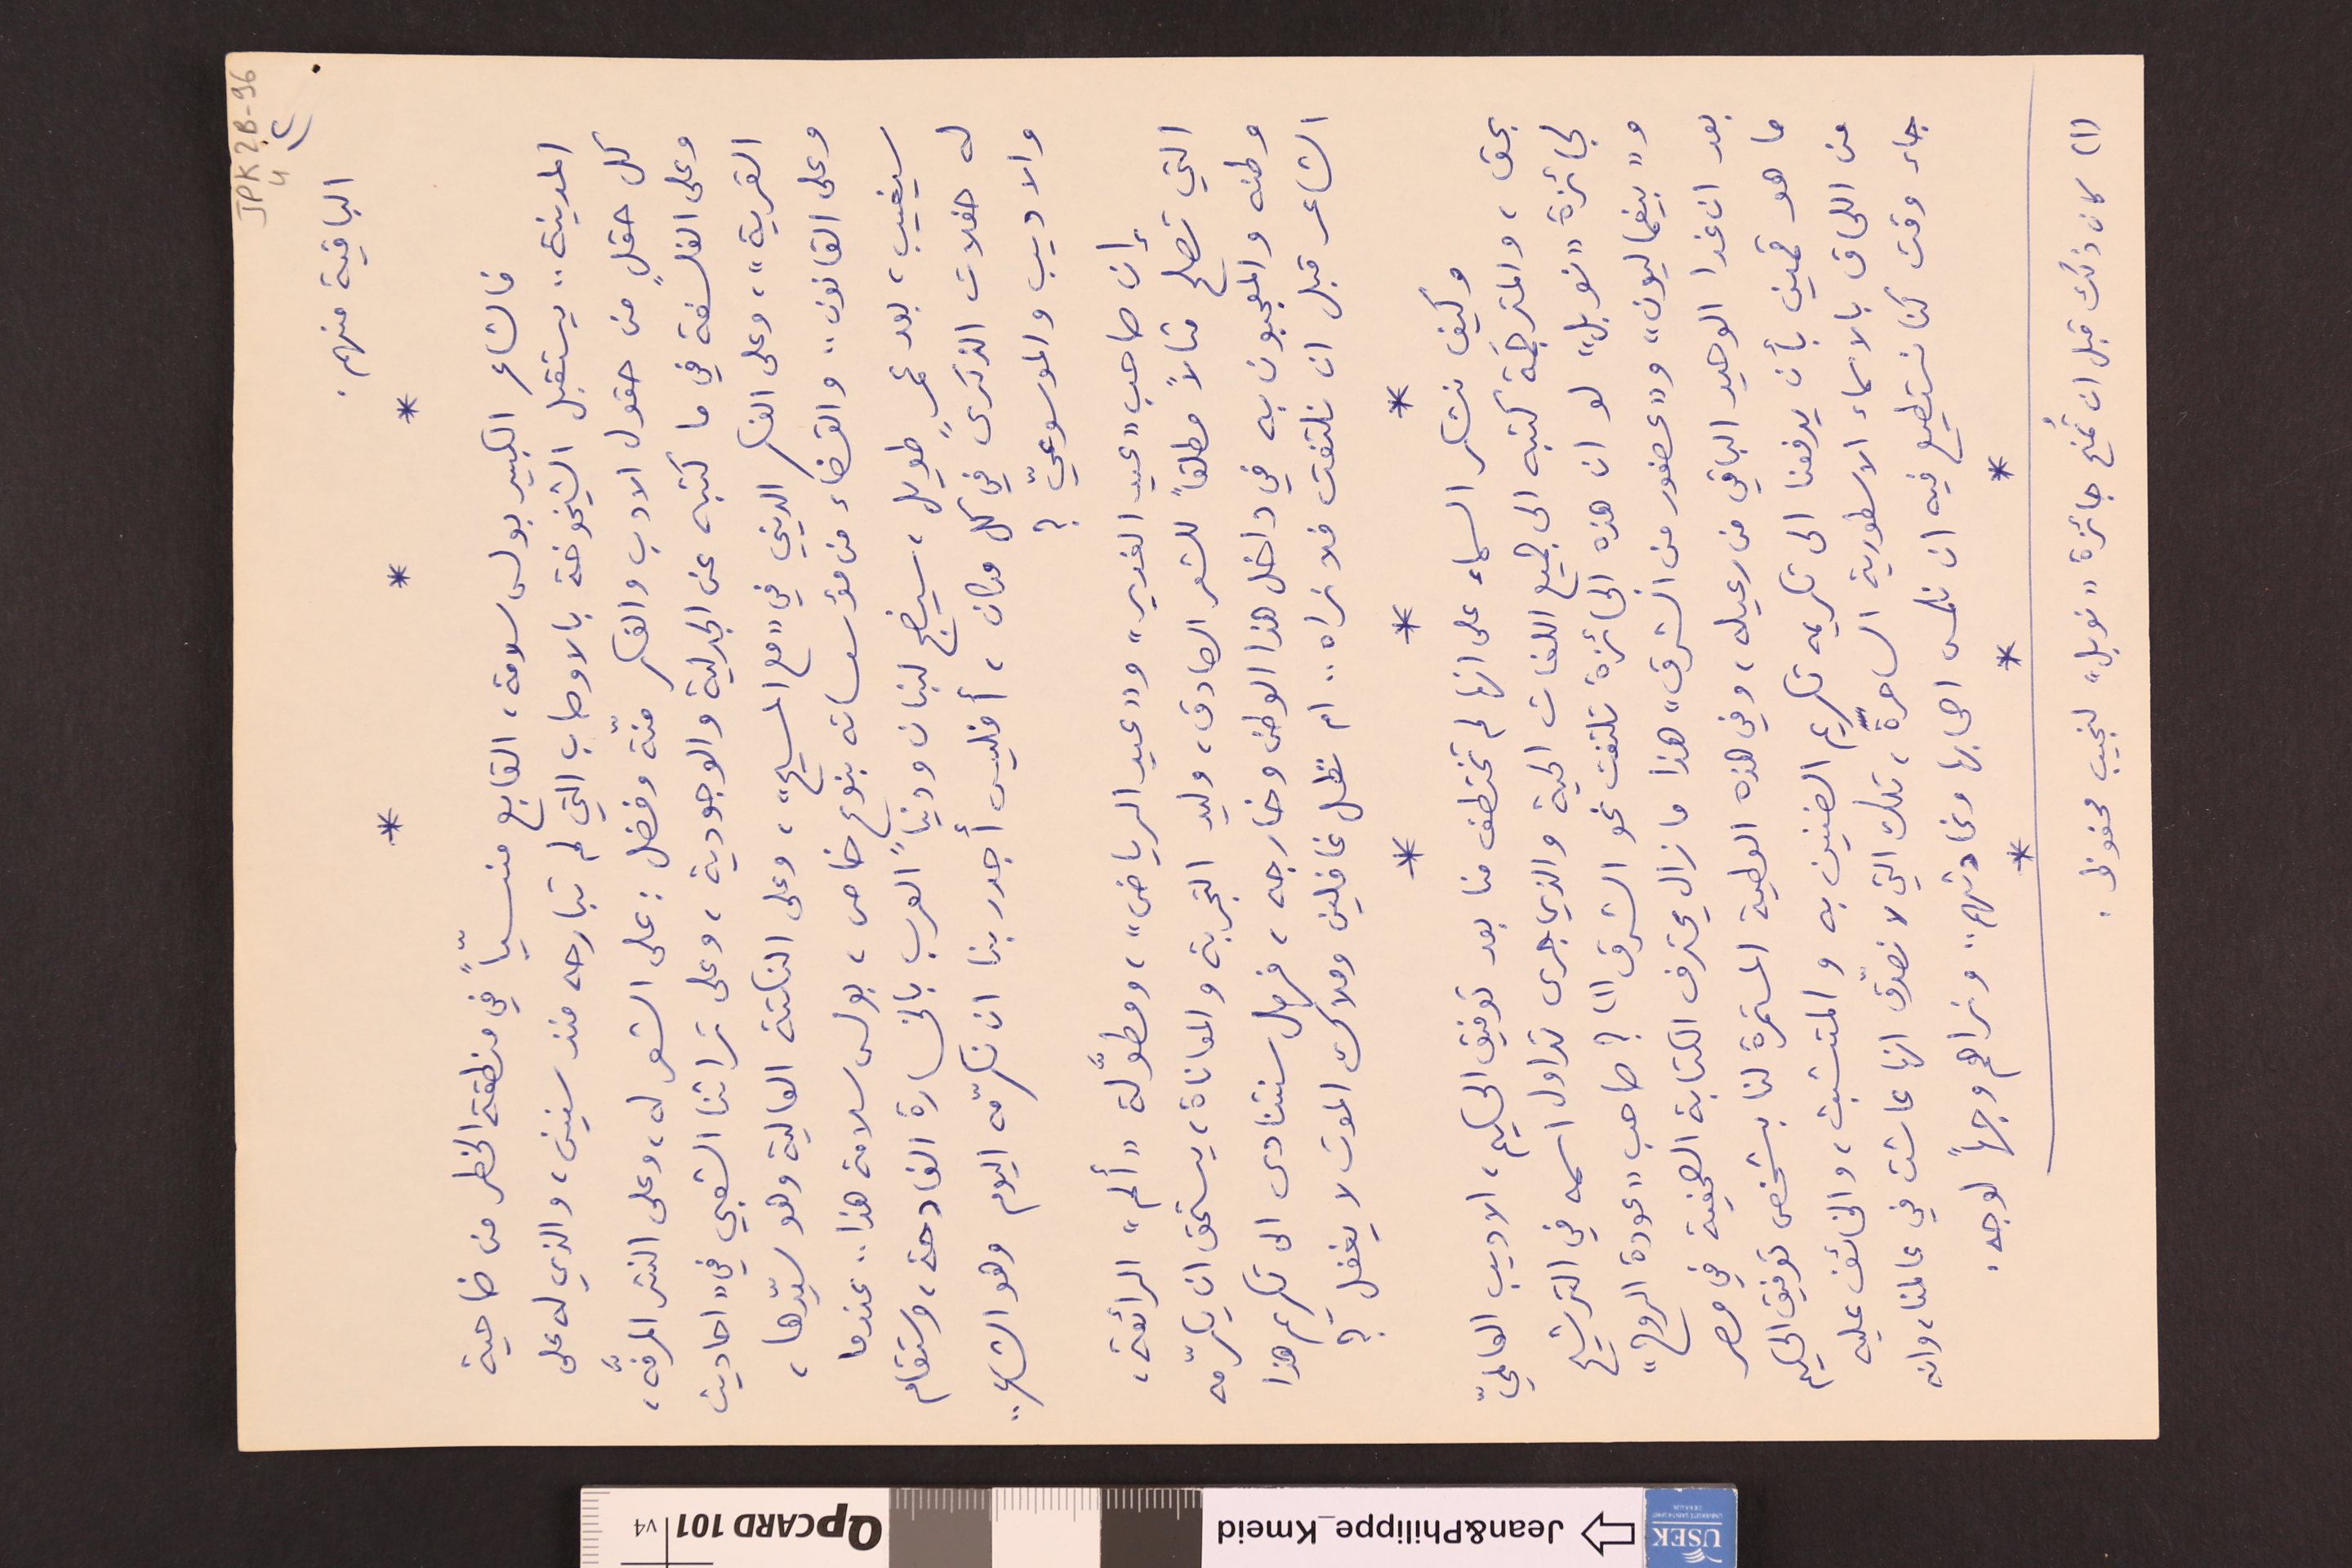
JPK2B-96			4		٢)
الباقية منهم.
*		*		*
فالشاعر الكبير بولس سلامة، القابع منسيّاً في منطقة الخطر من ضاحية
المدينة .. يستقبل الشيخوخة بالاوصاب التي لم تبارحه منذ سنين، والذي له على
كل حقلٍ من حقول الادب والفكر منّة وفضل : على الشعر له، وعلى النثر المرفَّه،
وعلى الفلسفة في ما كتبه عن الجدلية والوجودية، وعلى تراثنا الشعبي في "احاديث
القرية"، وعلى الفكر الديني في "مع المسيح"، وعلى النكتة العالية وهو سيّدها،
وعلى القانون .. والقضاء من مؤسساته بنوعٍ خاص، بولس سلامة هذا .. عندما
سيغيب، بعد عمرٍ طويل، سيضج لبنان ودنيا العرب بالخسارة الفادحة، وستقام
له حفلات الذكرى في كل مكان، أفليس أجدر بنا ان نكرّمه اليوم وهو الشاعر ..
والاديب والموسوعيّ ؟
إن صاحب "عيد الغدير" و "عيد الرياض"، ومطوَّلة "ألم" الرائعة،
التي تصلح مثالاً مطلقاً للشعر الصادق، وليد التجربة والمعاناة، يستحق ان يكرّمه
وطنه والمعجبون به في داخل هذا الوطن وخارجه، فهل سنتنادى الى تكريم هذا
الشاعر قبل ان نلتفت فلا نراه .. ام نظل غافلين وملاك الموت لا يغفل ؟
*		*		*
وكيف نشكر السماء على انها لم تختطف منا بعد توفيق الحكيم، الاديب العالميّ
بحق، والمترجَمة كتبه الى جميع اللغات الحية والذي جرى تداول اسمه في الترشيح
لجائزة "نوبل" لو ان هذه الجائزة تلتفت نحو الشرق (١) ؟ صاحب "عودة الروح"
و"بيغماليون" و"عصفور من الشرق" هذا ما زال يحترف الكتابة الصحفية في مصر
بعد ان غدا الوحيد الباقي من رعيله، وفي هذه العطية المستمرة لنا بشخص توفيق الحكيم
ما هو ثمين بأن يدفعنا الى تكريمه تكريم الضنين به والمتشبث، والخائف عليه
من اللحاق بالاسماء الاسطورية الساحرة، تلك التي لا نصدّق انها عاشت في عالمنا، وانه
جاء وقت كنا نستطيع فيه ان نلمس اصحابها ونحادثهم .. ونراهم وجهاً لوجه.
*		*		*
(١) كان ذلك قبل ان تُمنح جائزة "نوبل" لنجيب محفوظ.